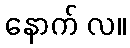
နောက် လ။